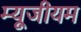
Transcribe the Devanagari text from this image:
म्यूजीयम